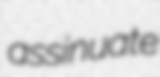
assinuate